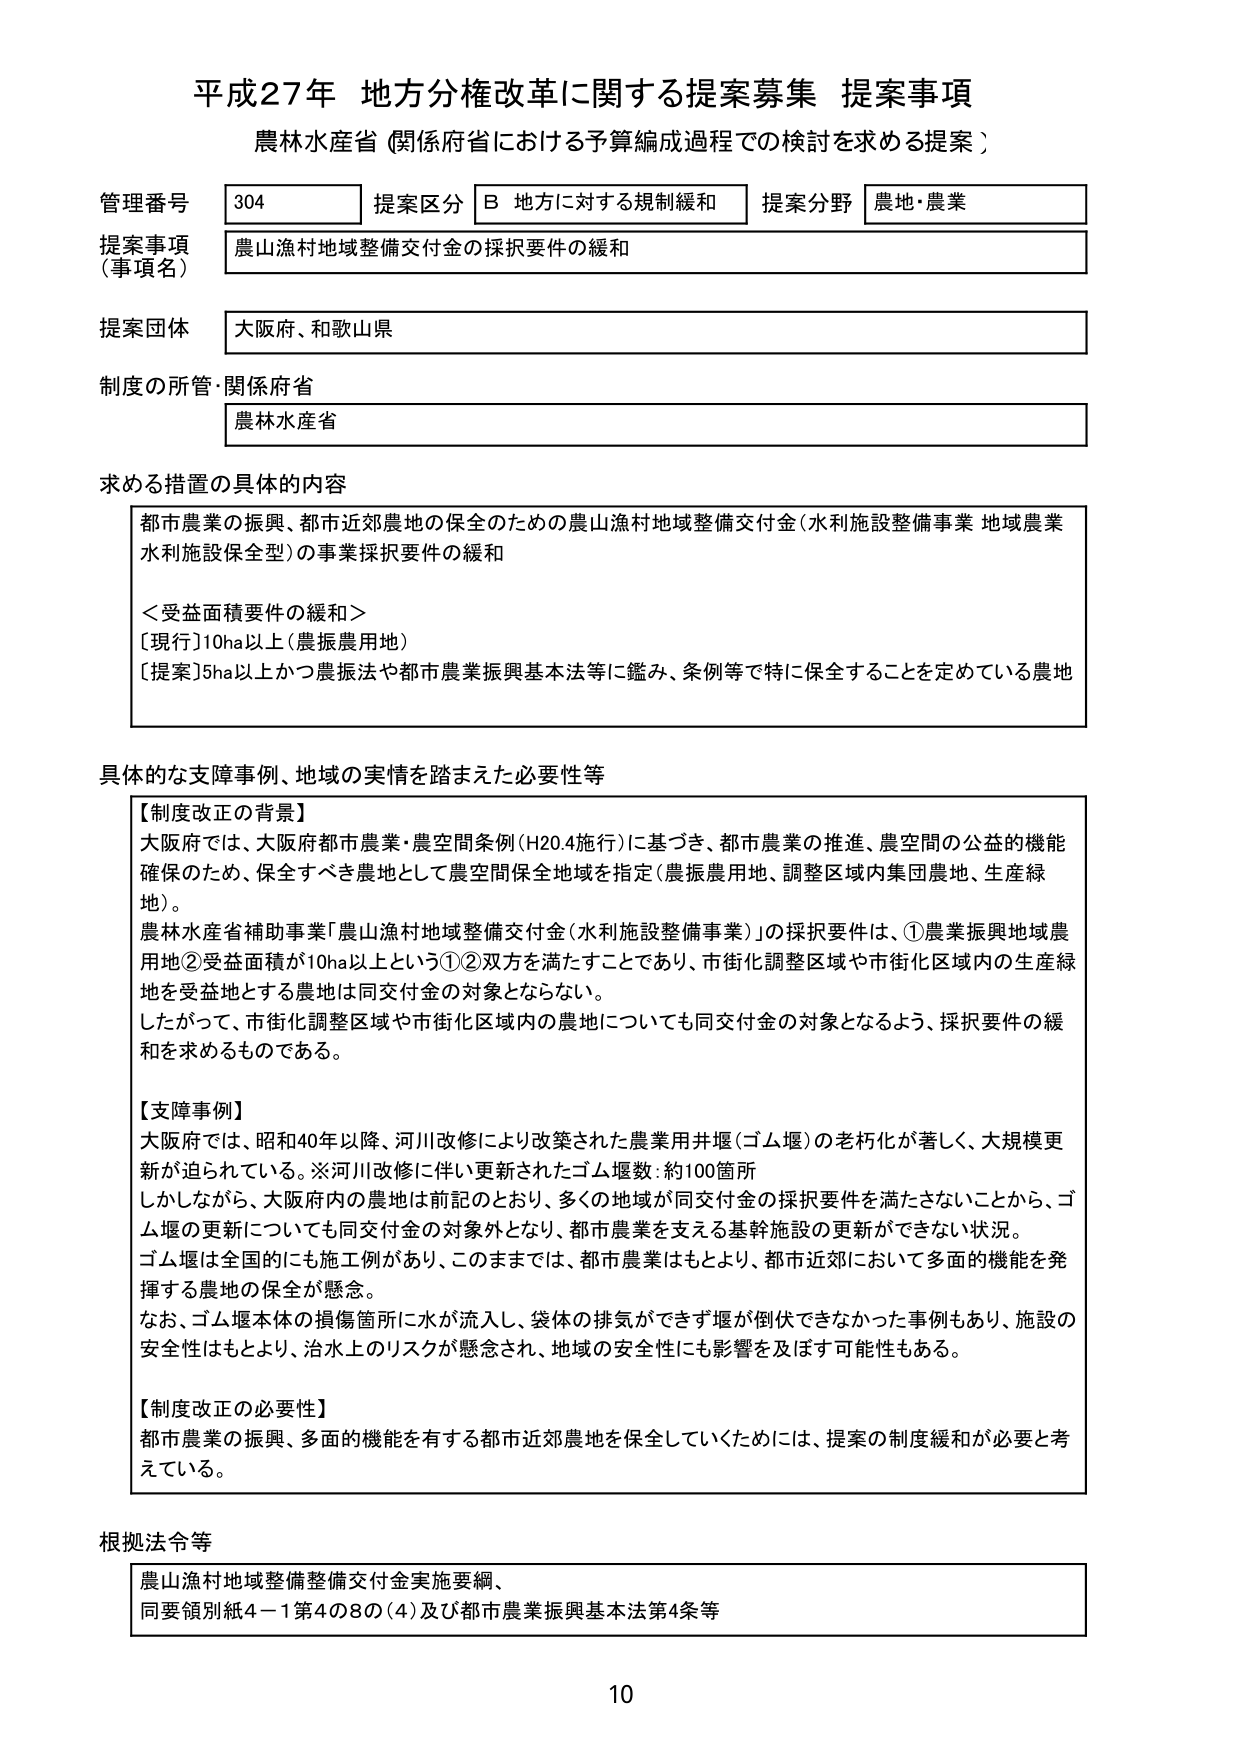
平成27年 地方分権改革に関する提案募集 提案事項
農林水産省（関係府省における予算編成過程での検討を求める提案）

管理番号 304
提案区分 B 地方に対する規制緩和
提案分野 農地・農業

提案事項（事項名）
農山漁村地域整備交付金の採択要件の緩和

提案団体
大阪府、和歌山県

制度の所管・関係府省
農林水産省

求める措置の具体的な内容
都市農業の振興、都市近郊農地の保全のための農山漁村地域整備交付金（水利施設整備事業 地域農業水利施設保全型）の事業採択要件の緩和

＜受益面積要件の緩和＞
［現行］10ha以上（農振農用地）
［提案］5ha以上かつ農振法や都市農業振興基本法等に鑑み、条例等で特に保全することを定めている農地

具体的な支障事例、地域の実情を踏まえた必要性等
【制度改正の背景】
大阪府では、大阪府都市農業・農空間条例（H20.4施行）に基づき、都市農業の推進、農空間の公益的機能確保のため、保全すべき農地として農空間保全地域を指定（農振農用地、調整区域内集団農地、生産緑地）。
農林水産省補助事業「農山漁村地域整備交付金（水利施設整備事業）」の採択要件は、①農業振興地域農用地②受益面積が10ha以上という①②双方を満たすことであり、市街化調整区域や市街化区域内の生産緑地を受益地とする農地は同交付金の対象とならない。
したがって、市街化調整区域や市街化区域内の農地についても同交付金の対象となるよう、採択要件の緩和を求めるものである。

【支障事例】
大阪府では、昭和40年以降、河川改修により改築された農業用井堰（ゴム堰）の老朽化が著しく、大規模更新が迫られている。※河川改修に伴い更新されたゴム堰数：約100箇所
しかしながら、大阪府内の農地は前記のとおり、多くの地域が同交付金の採択要件を満たさないことから、ゴム堰の更新についても同交付金の対象外となり、都市農業を支える基幹施設の更新ができない状況。
ゴム堰は全国的にも施工例があり、このままでは、都市農業はもとより、都市近郊において多面的機能を発揮する農地の保全が懸念。
なお、ゴム堰本体の損傷箇所に水が流入し、袋体の排気ができず堰が倒伏できなかった事例もあり、施設の安全性はもとより、治水上のリスクが懸念され、地域の安全性にも影響を及ぼす可能性もある。

【制度改正の必要性】
都市農業の振興、多面的機能を有する都市近郊農地を保全していくためには、提案の制度緩和が必要と考えている。

根拠法令等
農山漁村地域整備整備交付金実施要綱、
同要領別紙4－1第4の8の（4）及び都市農業振興基本法第4条等

10